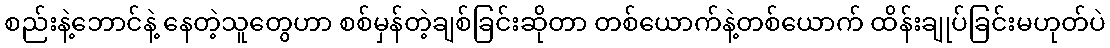
စည်းနဲ့ဘောင်နဲ့ နေတဲ့သူတွေဟာ စစ်မှန်တဲ့ချစ်ခြင်းဆိုတာ တစ်ယောက်နဲ့တစ်ယောက် ထိန်းချုပ်ခြင်းမဟုတ်ပဲ